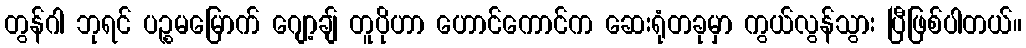
တွန်ဂါ ဘုရင် ပဉ္စမမြောက် ဂျော့ချ် တူပိုဟာ ဟောင်ကောင်က ဆေးရုံတခုမှာ ကွယ်လွန်သွား ပြီဖြစ်ပါတယ်။